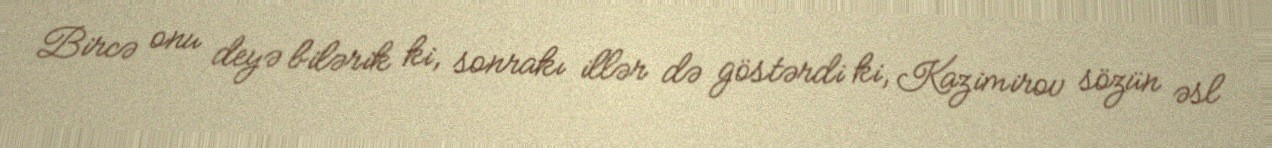
Bircə onu deyə bilərik ki, sonrakı illər də göstərdi ki, Kazimirov sözün əsl